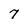
Character: 7